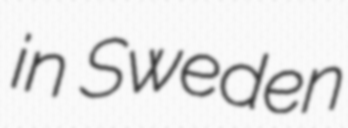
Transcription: in Sweden